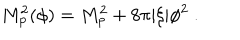
LaTeX: M _ { \mathrm { p } } ^ { 2 } ( \phi ) = M _ { \mathrm { p } } ^ { 2 } + 8 \pi | \xi | \phi ^ { 2 } \ .